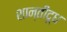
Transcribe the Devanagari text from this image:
शान्तीदूध